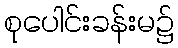
စုပေါင်းခန်းမ၌